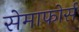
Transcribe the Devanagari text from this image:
सेमाफोर्स